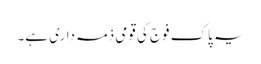
یہ پاک فوج کی قومی ذمہ داری ہے۔